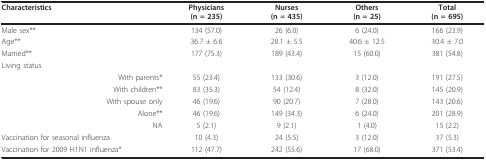
| Characteristics | Physicians(n = 235) | Nurses(n = 435) | Others(n = 25) | Total(n = 695) |
 | --- | --- | --- | --- | --- |
 | Male sex** | 134 (57.0) | 26 (6.0) | 6 (24.0) | 166 (23.9) |
 | Age** | 36.7 ± 6.6 | 28.1 ± 5.5 | 40.6 ± 12.5 | 30.4 ± 7.0 |
 | Married** | 177 (75.3) | 189 (43.4) | 15 (60.0) | 381 (54.8) |
 | Living status |  |  |  |  |
 | With parents* | 55 (23.4) | 133 (30.6) | 3 (12.0) | 191 (27.5) |
 | With children** | 83 (35.3) | 54 (12.4) | 8 (32.0) | 145 (20.9) |
 | With spouse only | 46 (19.6) | 90 (20.7) | 7 (28.0) | 143 (20.6) |
 | Alone** | 46 (19.6) | 149 (34.3) | 6 (24.0) | 201 (28.9) |
 | NA | 5 (2.1) | 9 (2.1) | 1 (4.0) | 15 (2.2) |
 | Vaccination for seasonal influenza | 10 (4.3) | 24 (5.5) | 3 (12.0) | 37 (5.3) |
 | Vaccination for 2009 H1N1 influenza* | 112 (47.7) | 242 (55.6) | 17 (68.0) | 371 (53.4) |